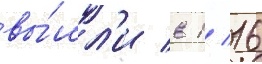
вы́шл'и в 1/ 16